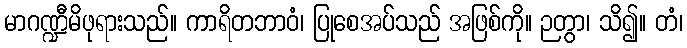
မာဂဏ္ဍီမိဖုရားသည်။ ကာရိတဘာဝံ၊ ပြုစေအပ်သည် အဖြစ်ကို။ ဉတွာ၊ သိ၍။ တံ၊